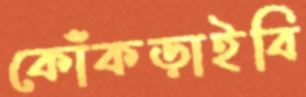
কোঁকড়াইবি